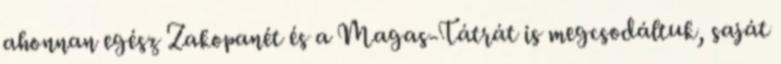
ahonnan egész Zakopanét és a Magas-Tátrát is megcsodáltuk, saját